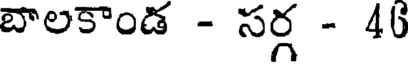
బాలకాండ - సర్గ - 46